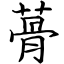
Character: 蓇